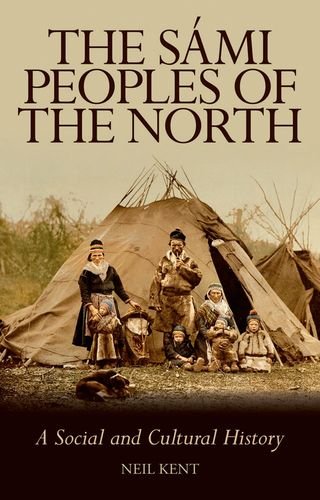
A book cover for The Sami Peoples of the North: A Social and Cultural History; Neil Kent; History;